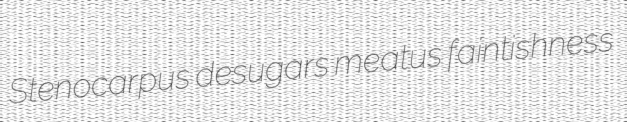
Stenocarpus desugars meatus faintishness